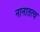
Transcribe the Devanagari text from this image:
नानातत्व